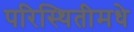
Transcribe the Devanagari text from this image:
परिस्थितीमधे